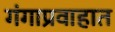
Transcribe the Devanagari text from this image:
गंगाप्रवाहात